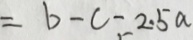
= b - c - 2 . 5 a